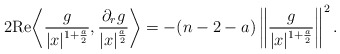
\begin{align*}2{\rm Re}\bigg\langle\frac{g}{|x|^{1+\frac{a}{2}}}, \frac{\partial_rg}{|x|^{\frac{a}{2}}}\bigg\rangle=-(n-2-a)\left\|\frac{g}{|x|^{1+\frac{a}{2}}}\right\|^2.\end{align*}